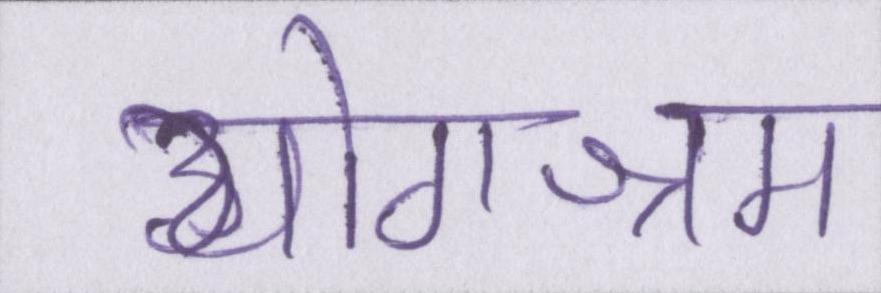
योगाश्रम